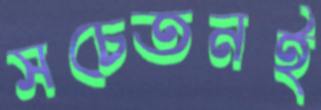
সচেতনই